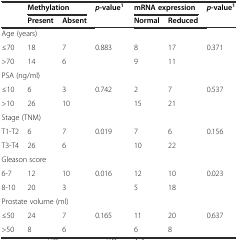
| <ROWSPAN=2>  | <COLSPAN=2> Methylation | <ROWSPAN=2> p-value1 | <COLSPAN=2> mRNA expression | <ROWSPAN=2> p-value1 |
 | Present | Absent | Normal | Reduced |
 | --- | --- | --- | --- | --- | --- | --- |
 | <COLSPAN=7> Age (years) |
 | ≤70 | 18 | 7 | <ROWSPAN=2> 0.883 | 8 | 17 | <ROWSPAN=2> 0.371 |
 | >70 | 14 | 6 | 9 | 11 |
 | <COLSPAN=7> PSA (ng/ml) |
 | ≤10 | 6 | 3 | <ROWSPAN=2> 0.742 | 2 | 7 | <ROWSPAN=2> 0.537 |
 | >10 | 26 | 10 | 15 | 21 |
 | <COLSPAN=7> Stage (TNM) |
 | T1-T2 | 6 | 7 | <ROWSPAN=2> 0.019 | 7 | 6 | <ROWSPAN=2> 0.156 |
 | T3-T4 | 26 | 6 | 10 | 22 |
 | <COLSPAN=7> Gleason score |
 | 6-7 | 12 | 10 | <ROWSPAN=2> 0.016 | 12 | 10 | <ROWSPAN=2> 0.023 |
 | 8-10 | 20 | 3 | 5 | 18 |
 | <COLSPAN=7> Prostate volume (ml) |
 | ≤50 | 24 | 7 | <ROWSPAN=2> 0.165 | 11 | 20 | <ROWSPAN=2> 0.637 |
 | >50 | 8 | 6 | 6 | 8 |